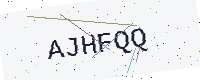
Text: AJHFQQ